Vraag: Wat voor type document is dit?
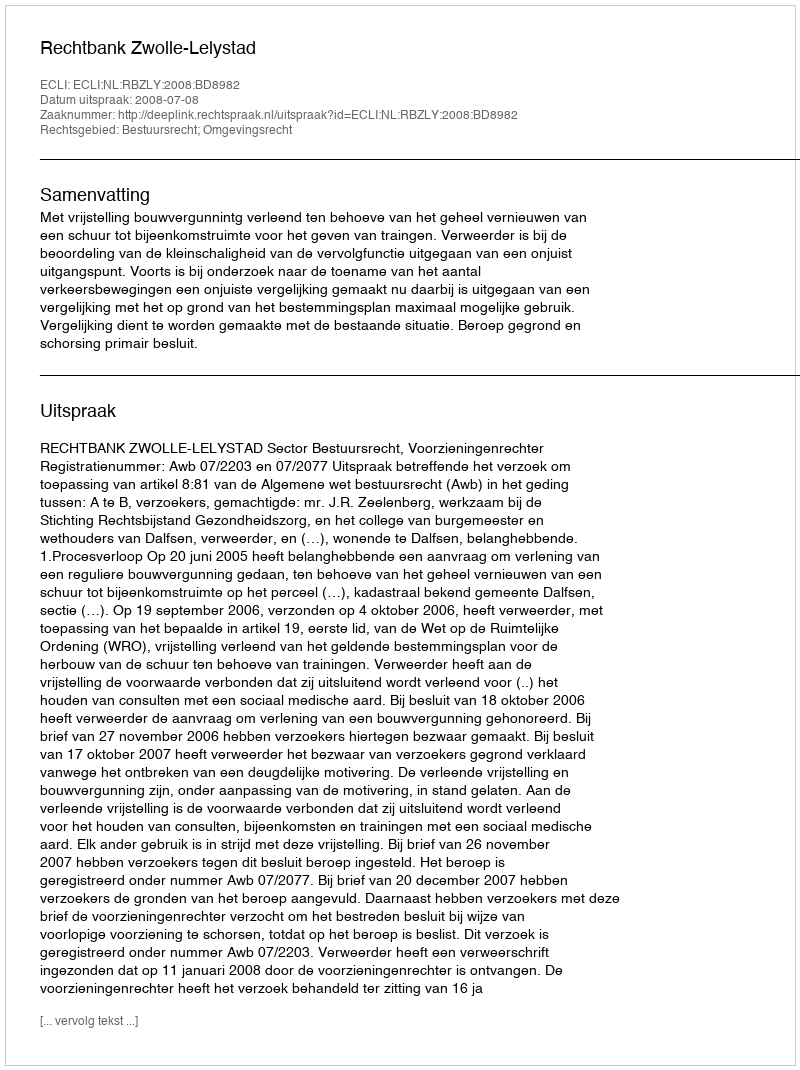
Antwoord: Uitspraak